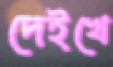
দেইখে